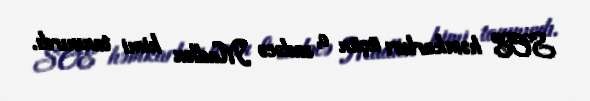
SOE həmkarları üçün o, sadəcə Madlen kimi tanınırdı.